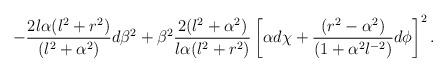
LaTeX: \begin{align*}-{2 l \alpha (l^2+r^2) \over (l^2+ \alpha^2)} d \beta^2 + \beta^2 {2 (l^2 + \alpha^2) \over l \alpha (l^2+r^2)}\left[ \alpha d\chi + {(r^2 - \alpha^2) \over (1 + \alpha^2 l^{-2})} d\phi \right]^2.\end{align*}